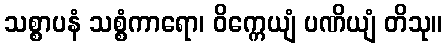
သစ္စာပနံ သစ္စံကာရော၊ ဝိက္ကေယျံ ပဏိယျံ တိသု။